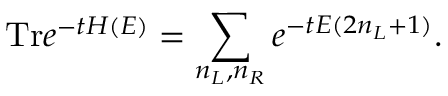
\mathrm { T r } e ^ { - t H ( E ) } = \sum _ { n _ { L } , n _ { R } } e ^ { - t E ( 2 n _ { L } + 1 ) } .